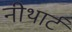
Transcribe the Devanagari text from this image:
नीथार्ट